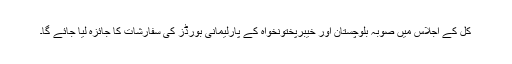
کل کے اجلاس میں صوبہ بلوچستان اور خیبرپختونخواہ کے پارلیمانی بورڈز کی سفارشات کا جائزہ لیا جائے گا۔